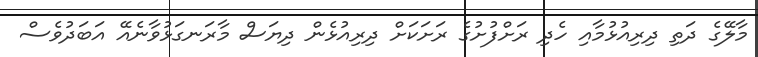
މާލޭގެ ދަތި ދިރިއުޅުމާއި ހެދި ރަށްފުށުގެ ރަށަކަށް ދިރިއުޅެން ދިޔަސް މާރަނގަޅުވާނެއޭ އަބަދުވެސް